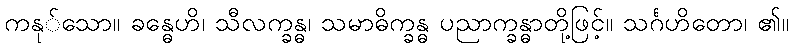
ကနု်သော။ ခန္ဓေဟိ၊ သီလက္ခန္ဓ၊ သမာဓိက္ခန္ဓ ပညာက္ခန္ဓာတို့ဖြင့်။ သင်္ဂဟိတော၊ ၏။